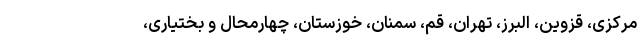
مرکزی، قزوین، البرز، تهران، قم، سمنان، خوزستان، چهارمحال و بختیاری،